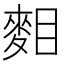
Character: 𪌔